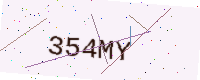
Text: 354MY